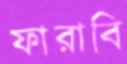
ফারাবি